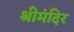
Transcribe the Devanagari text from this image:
श्रीमंदिर